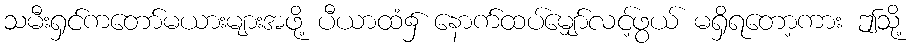
သမီးရှင်ကတော်မယားများအဖို့ ပီယာထံ၌ နောက်ထပ်မျှော်လင့်ဖွယ် မရှိရတော့ကား ဤသို့